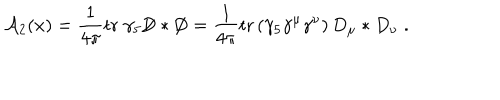
{ \cal A } _ { 2 } ( x ) = \frac { 1 } { 4 \pi } \mathrm { t r } \; \gamma _ { 5 } { \not \! \! D } * { \not \! \! D } = \frac { 1 } { 4 \pi } \mathrm { t r } \left( \gamma _ { 5 } \gamma ^ { \mu } \gamma ^ { \nu } \right) D _ { \mu } * D _ { \nu } \; .